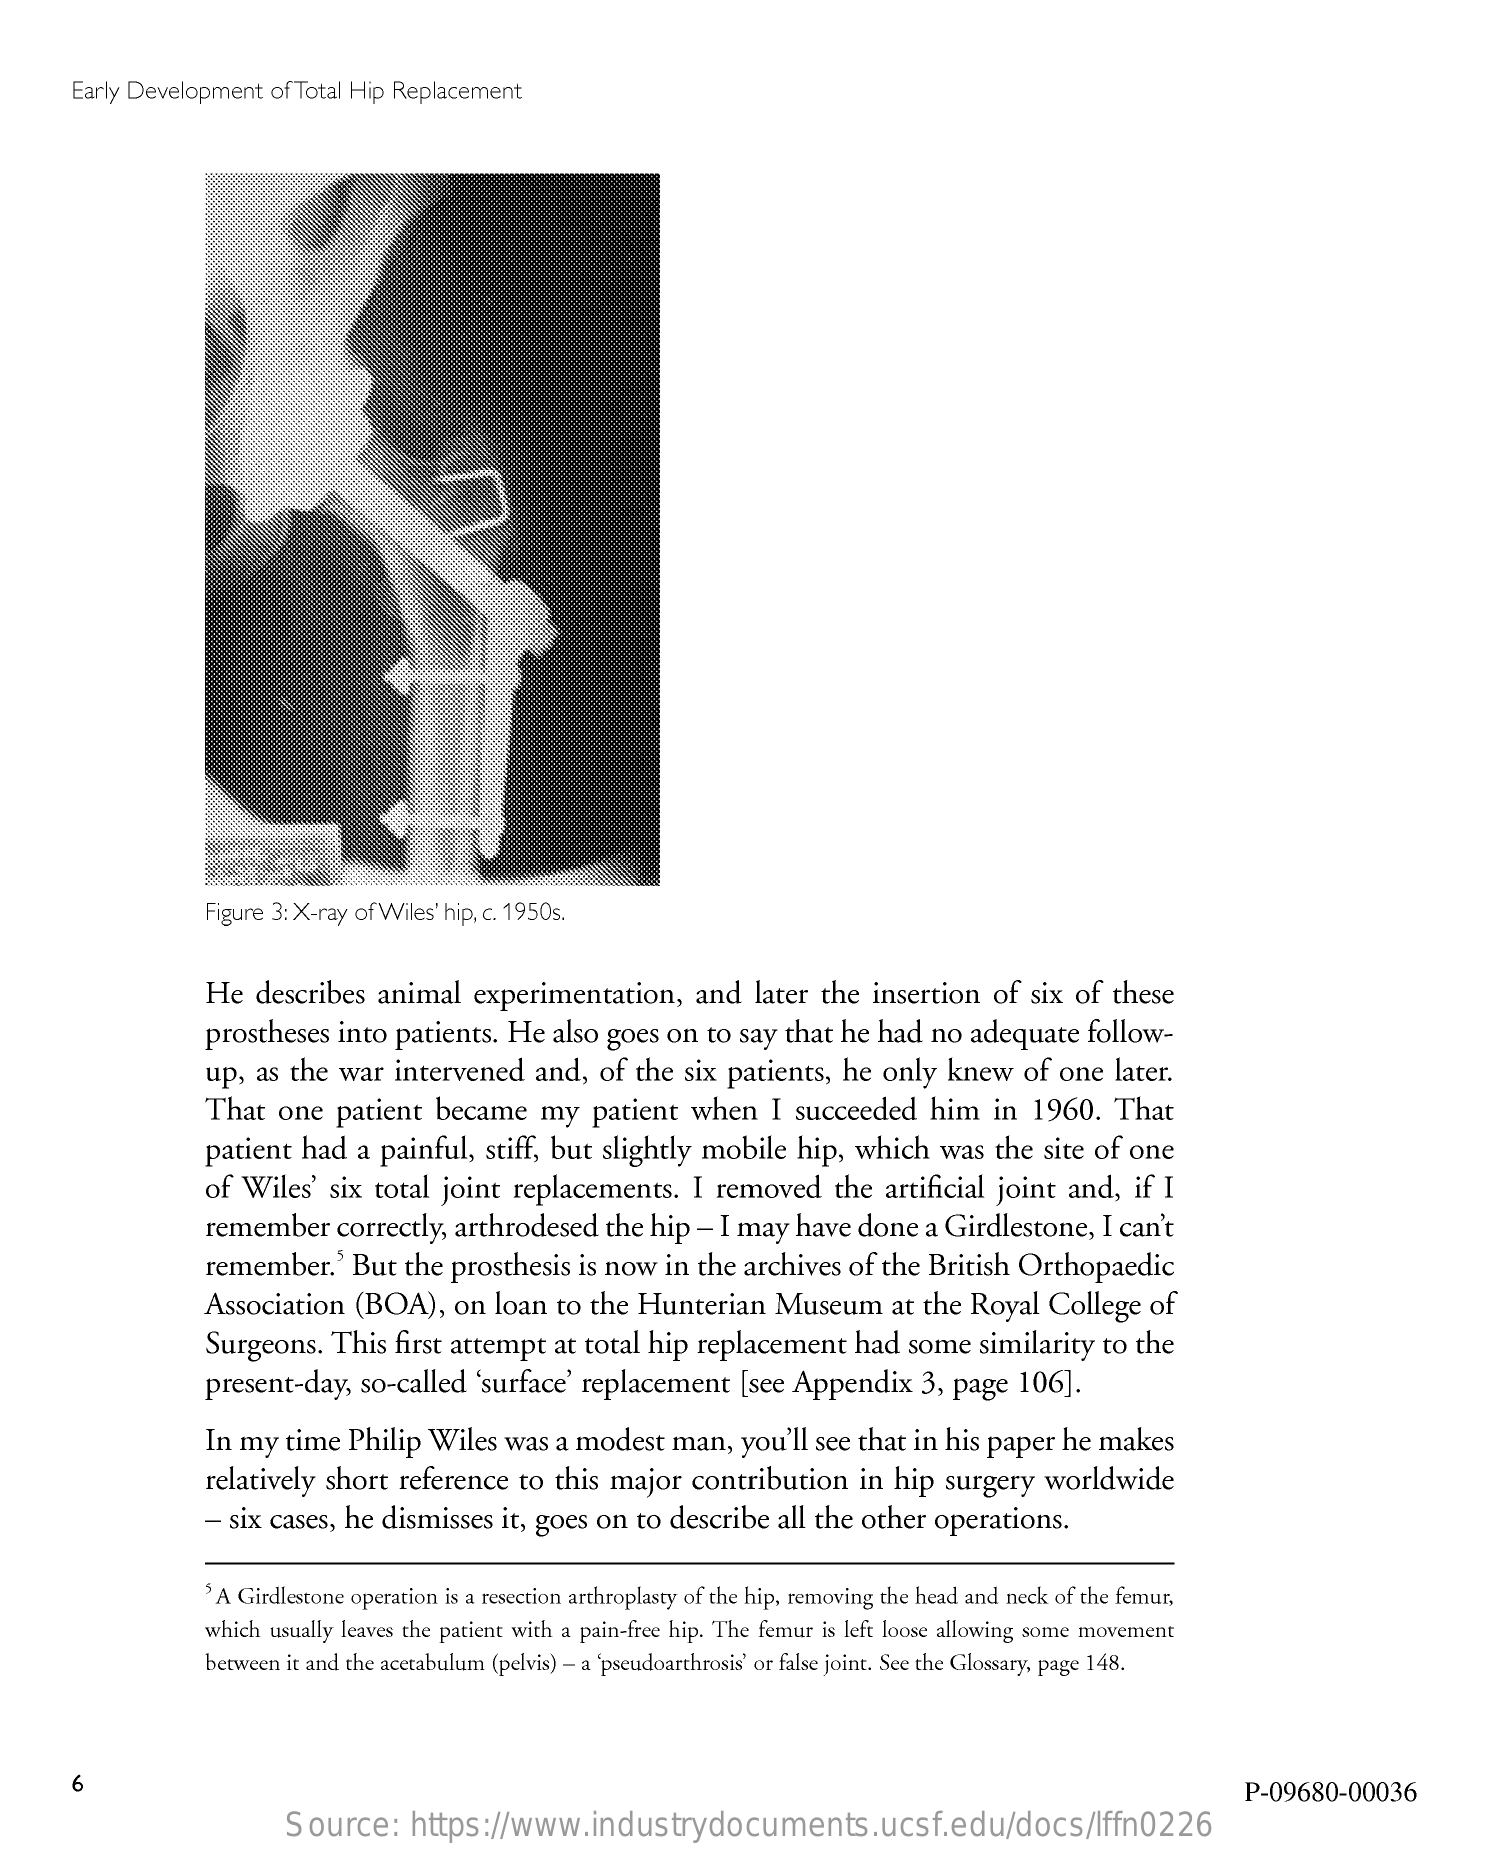
Early Development  of Total Hip Replacement
     Figure 3: X-ray of Wiles' hip, c. 1950s.
     He  describes   animal   experimentation,    and  later  the  insertion  of  six of these
     prostheses  into patients.  He  also  goes on  to say that  he had  no  adequate   follow-
     up, as the  war  intervened    and,  of the  six patients,  he  only  knew   of one   later.
     That  one   patient  became    my   patient   when   I succeeded    him   in  1960.   That
     patient  had   a painful,  stiff, but slightly mobile   hip,  which   was  the  site of one
     of Wiles'  six total  joint  replacements.    I removed    the  artificial joint and,   if I
     remember    correctly, arthrodesed   the hip  - I may  have  done   a Girdlestone,   I can't
     remember.'   But  the  prosthesis  is now  in the archives   of the British Orthopaedic
     Association  (BOA),    on  loan  to the Hunterian    Museum    at the  Royal  College   of
     Surgeons.  This  first attempt   at total hip replacement    had  some   similarity  to the
     present-day,   so-called  'surface' replacement    [see Appendix    3, page   106].
     In my  time  Philip  Wiles  was  a modest   man,  you'll see that  in his paper  he makes
     relatively  short  reference  to this  major  contribution    in  hip surgery   worldwide
     - six cases, he dismisses   it, goes on to  describe  all the other  operations.
     A  Girdlestone operation is a resection arthroplasty of the hip, removing the head and neck of the femur,
     which usually leaves the patient with a pain-free hip. The femur is left loose allowing some movement
     between it and the acetabulum (pelvis) - a 'pseudoarthrosis' or false joint. See the Glossary, page 148.
     6
     P-09680-00036
     Source:    https://www.industrydocuments.ucsf.edu/docs/lffn0226